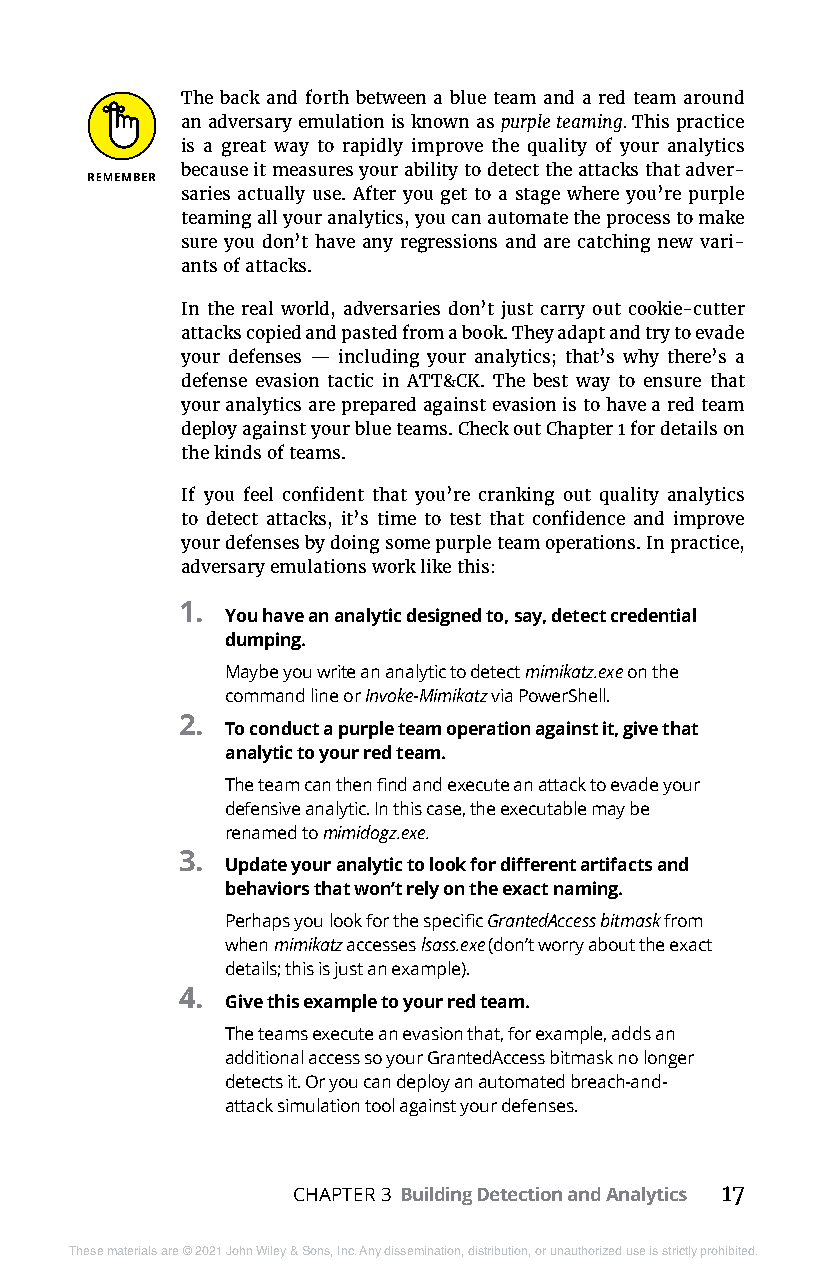
The back and forth between a blue team and a red team around
 an adversary emulation is known as purple teaming. This practice
 is a great way to rapidly improve the quality of your analytics
 because it measures your ability to detect the attacks that adver-
 saries actually use. After you get to a stage where you’re purple
 teaming all your analytics, you can automate the process to make
 sure you don’t have any regressions and are catching new vari-
 ants of attacks.
 In the real world, adversaries don’t just carry out cookie-cutter
 attacks copied and pasted from a book. They adapt and try to evade
 your defenses — including your analytics; that’s why there’s a
 defense evasion tactic in ATT&CK. The best way to ensure that
 your analytics are prepared against evasion is to have a red team
 deploy against your blue teams. Check out Chapter 1 for details on
 the kinds of teams.
 If you feel confident that you’re cranking out quality analytics
 to detect attacks, it’s time to test that confidence and improve
 your defenses by doing some purple team operations. In practice,
 adversary emulations work like this:
 1.
 You have an analytic designed to, say, detect credential
 dumping.
 Maybe you write an analytic to detect mimikatz.exe on the
 command line or Invoke-Mimikatz via PowerShell.
 2.
 To conduct a purple team operation against it, give that
 analytic to your red team.
 The team can then find and execute an attack to evade your
 defensive analytic. In this case, the executable may be
 renamed to mimidogz.exe.
 3.
 Update your analytic to look for different artifacts and
 behaviors that won’t rely on the exact naming.
 Perhaps you look for the specific GrantedAccess bitmask from
 when mimikatz accesses lsass.exe (don’t worry about the exact
 details; this is just an example).
 4.
 Give this example to your red team.
 The teams execute an evasion that, for example, adds an
 additional access so your GrantedAccess bitmask no longer
 detects it. Or you can deploy an automated breach-and-
 attack simulation tool against your defenses.
 CHAPTER 3 Building Detection and Analytics 17
 These materials are © 2021 John Wiley & Sons, Inc. Any dissemination, distribution, or unauthorized use is strictly prohibited.